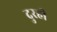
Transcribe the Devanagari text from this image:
दुरही